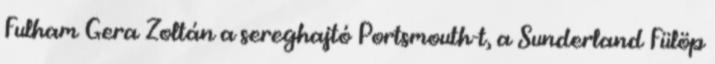
Fulham Gera Zoltán a sereghajtó Portsmouth-t, a Sunderland Fülöp